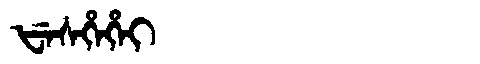
Manchu: ᡶᡝᠰᡥᡝᡥᡝᡳ
Romanization: FESHEHEI